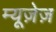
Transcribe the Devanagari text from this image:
म्यूज़ेज़